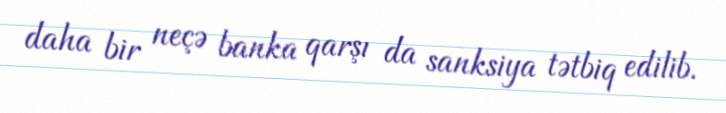
daha bir neçə banka qarşı da sanksiya tətbiq edilib.